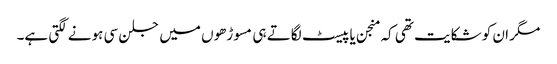
مگر ان کو شکایت تھی کہ منجن یا پیسٹ لگاتے ہی مسوڑھوں میں جلن سی ہونے لگتی ہے۔